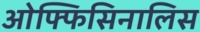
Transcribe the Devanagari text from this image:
ओफ्फिसिनालिस